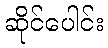
ဆိုင်ပေါင်း